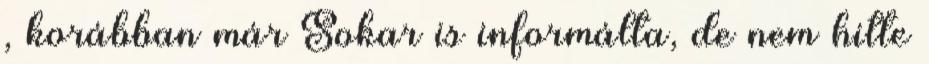
, korábban már Sokar is informálta, de nem hitte